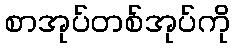
စာအုပ်တစ်အုပ်ကို